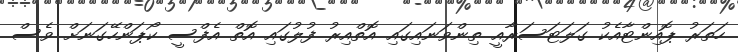
ހަތަރު ޕޮއިންޓާއެކު ގަލަޓަސަރާއީ ތިންވަނައިގައި އޮތްއިރު ފުލުގައި އޮތް އެފްސީ ކޯޕަންހޭގަނަށް ވެސް